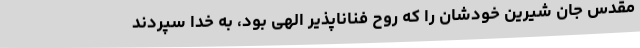
مقدس جان شیرین خودشان را که روح فناناپذیر الهی بود، به خدا سپردند